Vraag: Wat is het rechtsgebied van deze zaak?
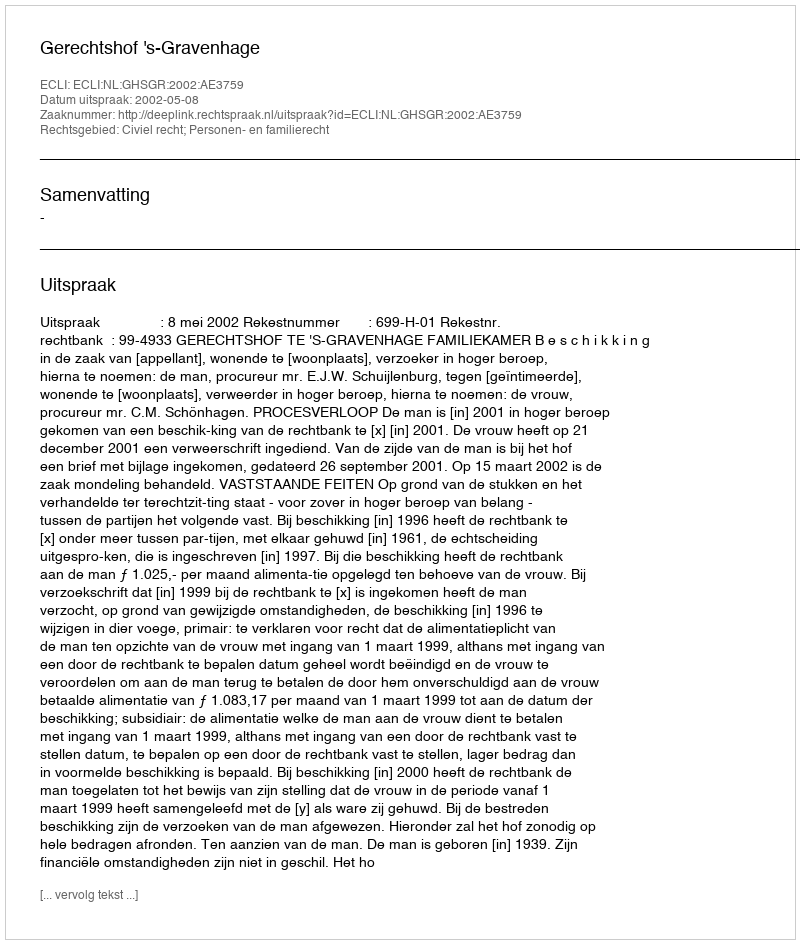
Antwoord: Civiel recht; Personen- en familierecht